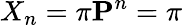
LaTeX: X_{n}=\pi\mathbf{P}^{n}=\pi